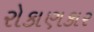
રોકાણકાર